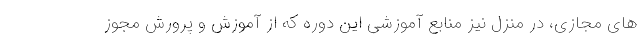
های مجازی، در منزل نیز منابع آموزشی این دوره که از آموزش و پرورش مجوز